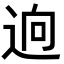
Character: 逈